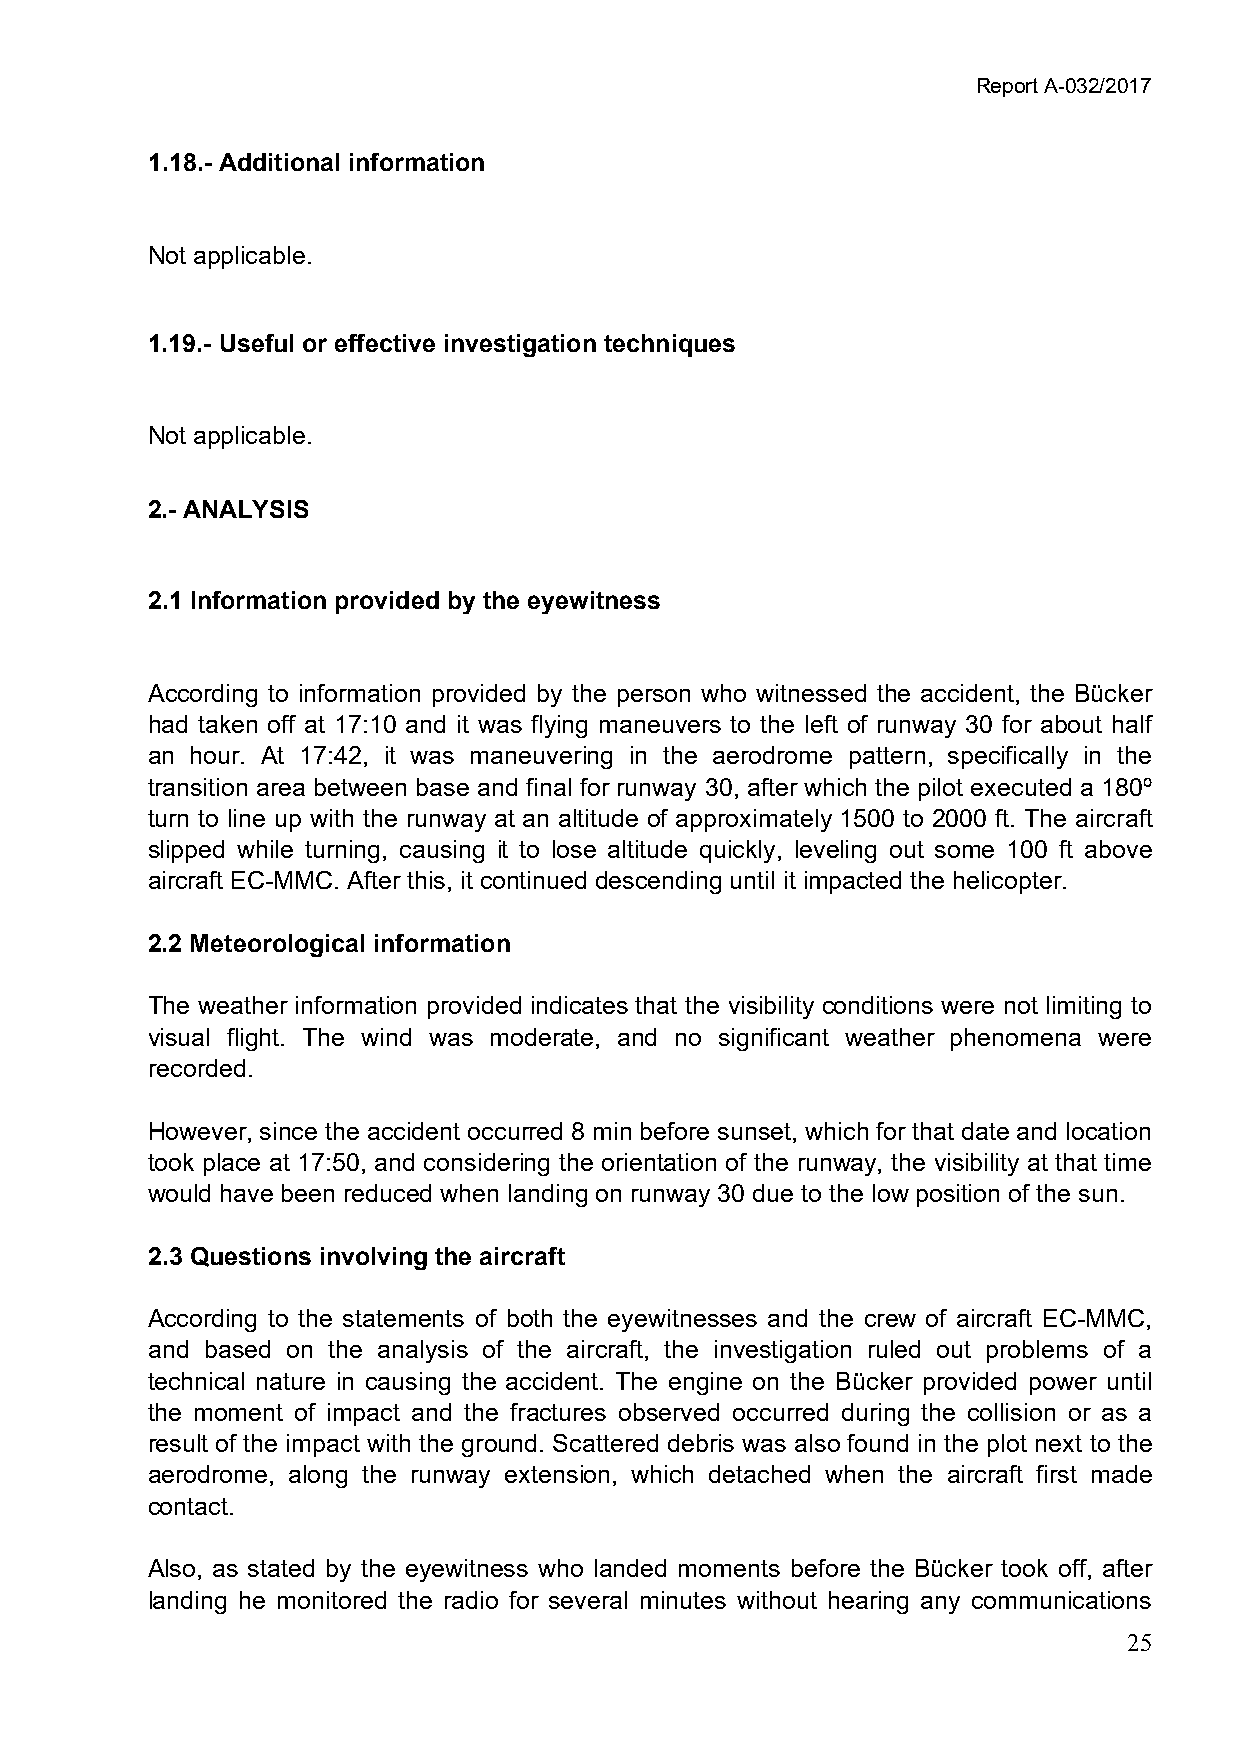
Report A-032/2017
 1.18.- Additional information
 Not applicable.
 1.19.- Useful or effective investigation techniques
 Not applicable.
 2.- ANALYSIS
 2.1 Information provided by the eyewitness
 According to information provided by the person who witnessed the accident, the Bücker
 had taken off at 17:10 and it was flying maneuvers to the left of runway 30 for about half
 an hour. At 17:42, it was maneuvering in the aerodrome pattern, specifically in the
 transition area between base and final for runway 30, after which the pilot executed a 180º
 turn to line up with the runway at an altitude of approximately 1500 to 2000 ft. The aircraft
 slipped while turning, causing it to lose altitude quickly, leveling out some 100 ft above
 aircraft EC-MMC. After this, it continued descending until it impacted the helicopter.
 2.2 Meteorological information
 The weather information provided indicates that the visibility conditions were not limiting to
 visual flight. The wind was moderate, and no significant weather phenomena were
 recorded.
 However, since the accident occurred 8 min before sunset, which for that date and location
 took place at 17:50, and considering the orientation of the runway, the visibility at that time
 would have been reduced when landing on runway 30 due to the low position of the sun.
 2.3 Questions involving the aircraft
 According to the statements of both the eyewitnesses and the crew of aircraft EC-MMC,
 and based on the analysis of the aircraft, the investigation ruled out problems of a
 technical nature in causing the accident. The engine on the Bücker provided power until
 the moment of impact and the fractures observed occurred during the collision or as a
 result of the impact with the ground. Scattered debris was also found in the plot next to the
 aerodrome, along the runway extension, which detached when the aircraft first made
 contact.
 Also, as stated by the eyewitness who landed moments before the Bücker took off, after
 landing he monitored the radio for several minutes without hearing any communications
 25